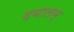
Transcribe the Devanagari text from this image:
दयालम्